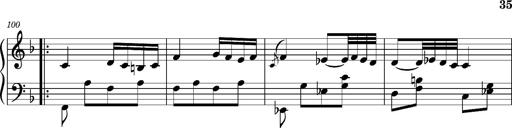
Title: Ungarischer Romanzero
Composer: Franz Liszt